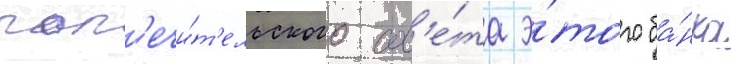
поп'ечи́т'ельского сов'е́та э́того ба́нка